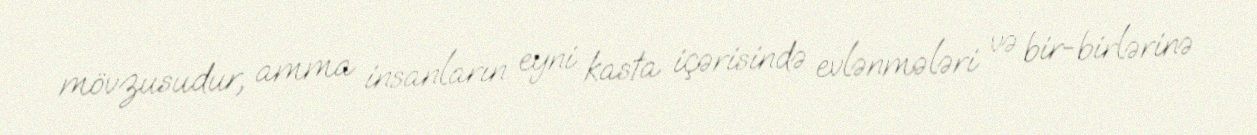
mövzusudur, amma insanların eyni kasta içərisində evlənmələri və bir-birlərinə